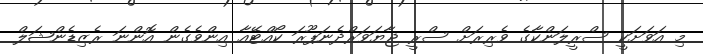
މި އަވަށަކީ ސްރީލަންކާގެ ވެރިރަށް ސްރީ ޖާޔަވަރްދެނަޕޫރަ ކޯއްޓޭއާ އިންވެގެން އޮންނަ ރެޒިޑެންޝަލް